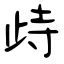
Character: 歭